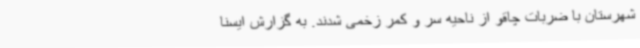
شهرستان با ضربات چاقو از ناحیه سر و کمر زخمی شدند. به گزارش ایسنا